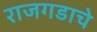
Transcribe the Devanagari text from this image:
राजगडाचे